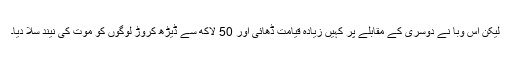
لیکن اس وبا نے دوسری کے مقابلے پر کہیں زیادہ قیامت ڈھائی اور 50 لاکھ سے ڈیڑھ کروڑ لوگوں کو موت کی نیند سلا دیا۔